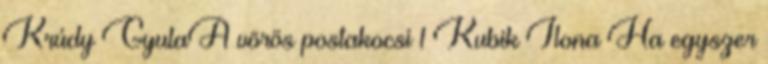
Krúdy GyulaA vörös postakocsi 1 Kubik Ilona Ha egyszer